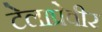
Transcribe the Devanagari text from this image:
टेलाप्रेवीर